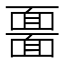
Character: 𩈲